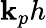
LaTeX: \mathbf{k}_{p}h